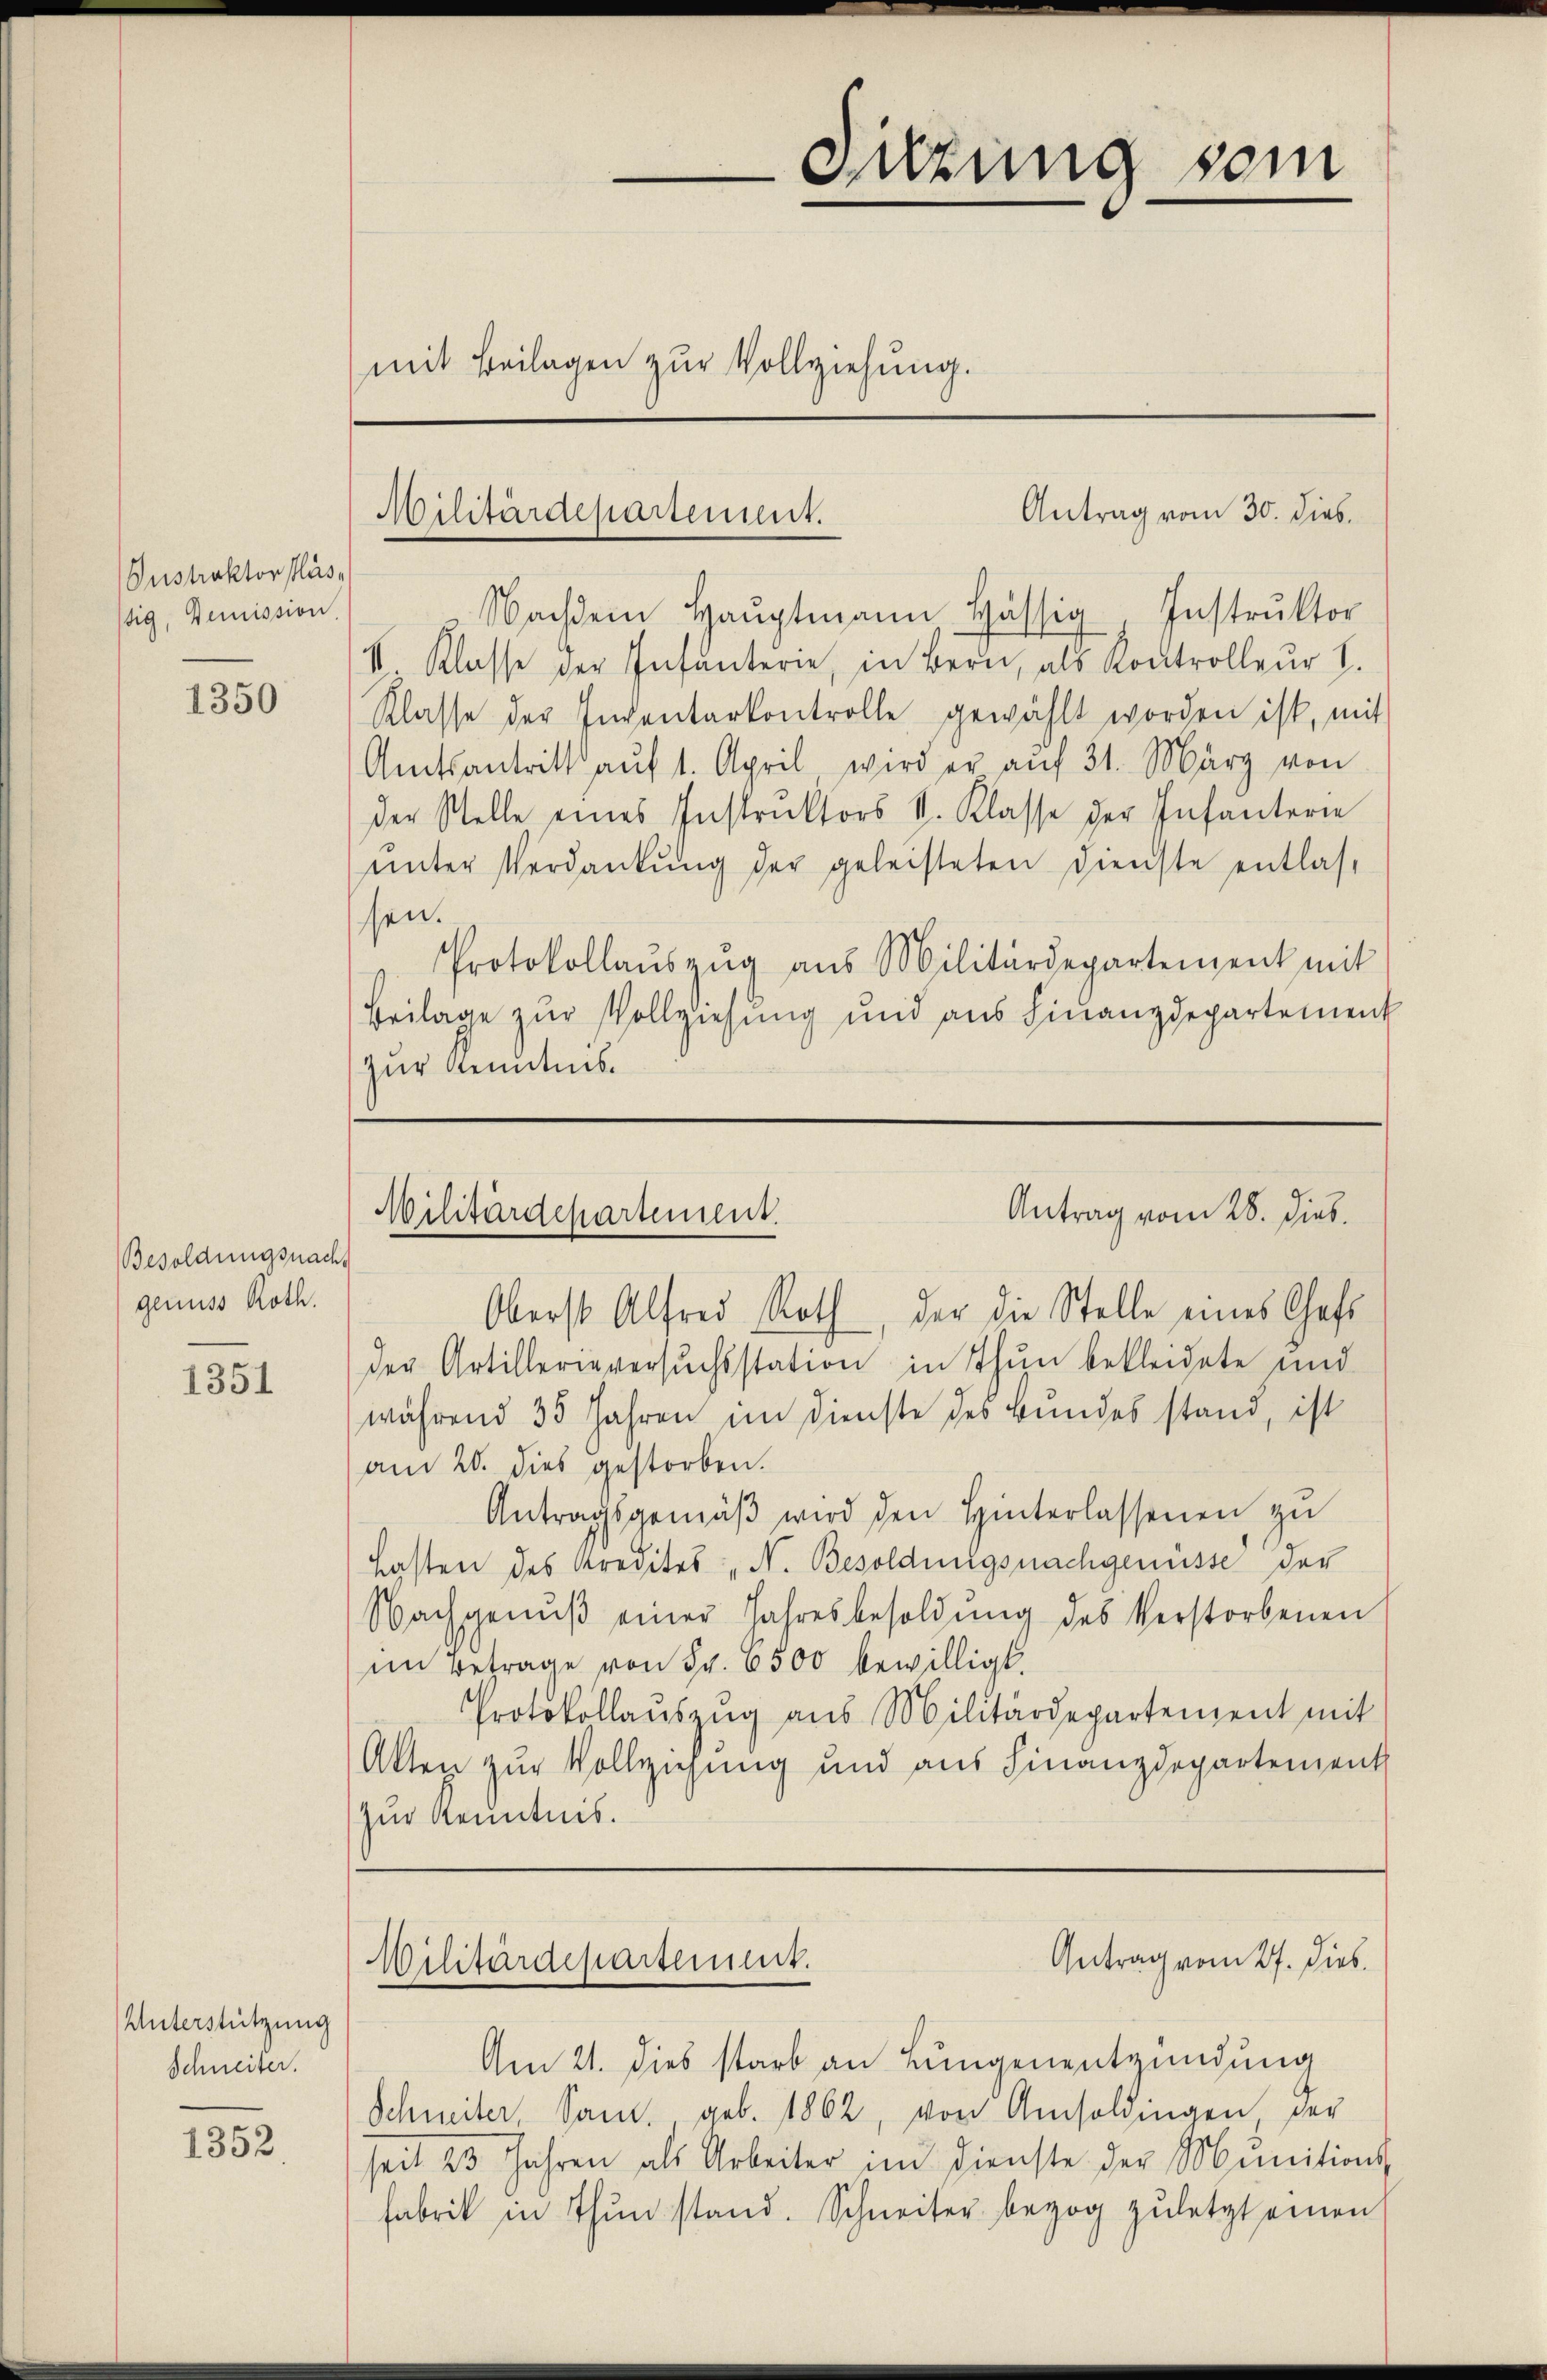
Instraktor slässig, Demission,

1350

Besoldungsnach
genuss Roth.

1351

Unterstützung
Schneiter.

1352.

mit Beilagen zur Vollziehung.

Sitzung sein

Nachdem Haŭptmann hässig Instrŭktor
V. Klasse der Infanterie, in Bern, als Kontrolleur I.
Klasse der Inventarkontrolle gewählt worden ist, mit
Amtsantritt aŭf 1. April wird er aŭf 31. März von
der Stelle eines Instruktors V. Klasse der Infanterie
ŭnter Verdankŭng der geleisteten Dienste entlas-
sen.
Protokollaŭszŭg aŭs Militärdepartement mit
Beilage zur Vollziehung und aus Finanzdepartement
zur Kenntnis.

Antrag vom 30. Dieb.
Militärdepartement.

Antrag vom 28. Dieb.
Militärdepartement.

Antrag vom 27. Dieb.
Wilitärdepartement.

Oberst Alfred Roth, der die Stelle eines Chefs
der Artilleriversuchsstation in Thun bekleidete und
während 35 Jahren im Dienste des Bundes stand, ist
am 20. dies gestorben.
Antragsgemäβ wird den Hinterlassenen zu
Lasten des Kredites N. Besoldungsnachgenüsse der
Nachgenŭβ einer Jahresbesoldung des Verstorbenen
im Betrage von Fr. 6500 bewilligt.
Protokollaŭszŭg aŭs Militärdepartement mit
Akten zur Vollziehung und aus Finanzdepartement
zur Kenntnis.

Am 21. dies starb an Lungenentzündung
Schneiter, Sam geb. 1862, von Amsoldingen, der
seit 23 Jahren als Arbeiter im Dienste der Munitions-
Fabrik in Thun stand. Schneiter bezog zuletzt einen